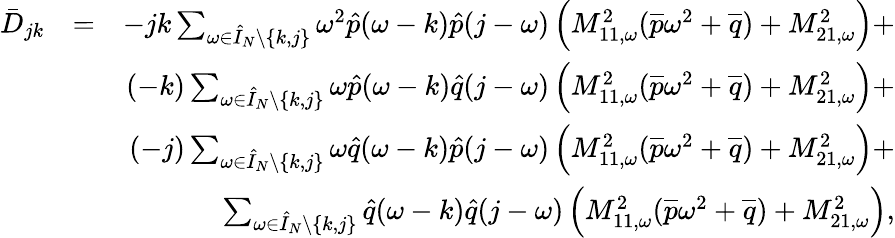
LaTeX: \begin{array}{rlr}{\bar{D}_{jk}}&{=}&{-jk\sum_{\omega\in\hat{I}_{N}\setminus\{ k,j\} }\omega^{2}\hat{p}(\omega-k)\hat{p}(j-\omega)\left(M_{11,\omega}^{2}(\overline{{p}}\omega^{2}+\overline{{q}})+M_{21,\omega}^{2}\right)+}\\ &{}&{(-k)\sum_{\omega\in\hat{I}_{N}\setminus\{ k,j\} }\omega\hat{p}(\omega-k)\hat{q}(j-\omega)\left(M_{11,\omega}^{2}(\overline{{p}}\omega^{2}+\overline{{q}})+M_{21,\omega}^{2}\right)+}\\ &{}&{(-j)\sum_{\omega\in\hat{I}_{N}\setminus\{ k,j\} }\omega\hat{q}(\omega-k)\hat{p}(j-\omega)\left(M_{11,\omega}^{2}(\overline{{p}}\omega^{2}+\overline{{q}})+M_{21,\omega}^{2}\right)+}\\ &{}&{\sum_{\omega\in\hat{I}_{N}\setminus\{ k,j\} }\hat{q}(\omega-k)\hat{q}(j-\omega)\left(M_{11,\omega}^{2}(\overline{{p}}\omega^{2}+\overline{{q}})+M_{21,\omega}^{2}\right),}\end{array}